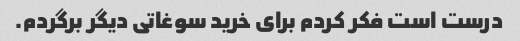
درست است فکر کردم برای خرید سوغاتی دیگر برگردم.